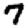
Digit: 7